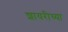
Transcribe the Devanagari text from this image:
शायरीच्या